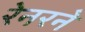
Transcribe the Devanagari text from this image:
रेनरने